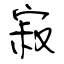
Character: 寂